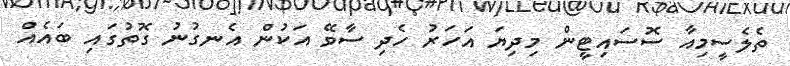
ތެލެސީމިއާ ސޮސައިޓީން މިދިޔަ އަހަރު ހެދި ސާވޭ އަކުން އެނގުނު ގޮތުގައި ބައެއް